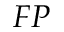
F P